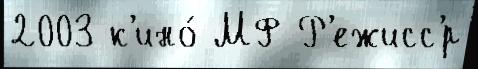
2003 к'ино́ МФ Р'ежисс'́р